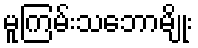
မူကြမ်းသဘောမျိုး